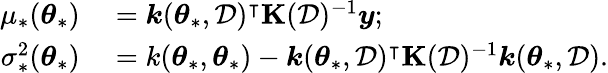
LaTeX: \begin{array}{rl}{\mu_{*}(\boldsymbol{\theta}_{*})}&{{}=\boldsymbol{k}(\boldsymbol{\theta}_{*},\mathcal{D})^{\intercal}\boldsymbol{\mathrm{K}}(\mathcal{D})^{-1}\boldsymbol{y};}\\ {\sigma_{*}^{2}(\boldsymbol{\theta}_{*})}&{{}=k(\boldsymbol{\theta}_{*},\boldsymbol{\theta}_{*})-\boldsymbol{k}(\boldsymbol{\theta}_{*},\mathcal{D})^{\intercal}\boldsymbol{\mathrm{K}}(\mathcal{D})^{-1}\boldsymbol{k}(\boldsymbol{\theta}_{*},\mathcal{D}).}\end{array}